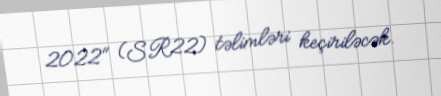
2022" (SR22) təlimləri keçiriləcək.